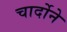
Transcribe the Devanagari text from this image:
चार्दोने